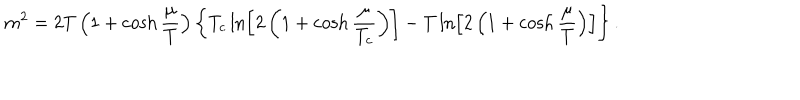
LaTeX: m ^ { 2 } = 2 T \left( 1 + \cosh \frac { \mu } { T } \right) \left\{ T _ { c } \ln \left[ 2 \left( 1 + \cosh \frac { \mu } { T _ { c } } \right) \right] - T \ln \left[ 2 \left( 1 + \cosh \frac { \mu } { T } \right) \right] \right\} .